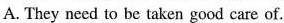
A. They need to be taken good care of.